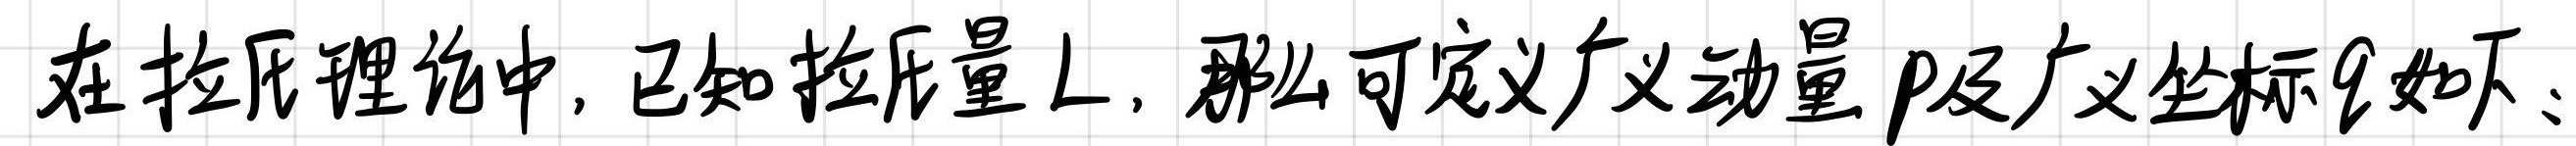
在拉氏理论中, 已知拉氏量 $L$, 那么可定义广义动量 $p$ 及广义坐标 $q$ 如下: